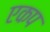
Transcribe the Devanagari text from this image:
एकप